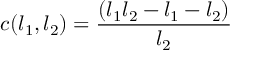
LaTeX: c ( l _ { 1 } , l _ { 2 } ) = \frac { ( l _ { 1 } l _ { 2 } - l _ { 1 } - l _ { 2 } ) } { l _ { 2 } }